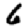
Digit: 6